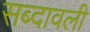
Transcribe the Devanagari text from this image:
सब्दावली